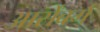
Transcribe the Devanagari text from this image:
आर्सेंबर्ग